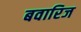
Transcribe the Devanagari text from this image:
बवारिज